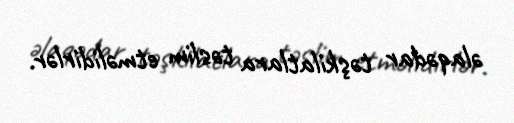
əlaqədar təşkilatlara təslim etməlidirlər.